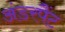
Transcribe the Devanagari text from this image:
अंडरपैंट